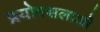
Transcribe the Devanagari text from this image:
प्रयोगशलाओं